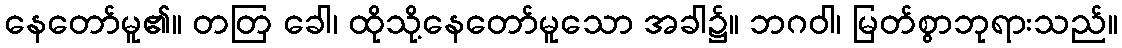
နေတော်မူ၏။ တတြ ခေါ၊ ထိုသို့နေတော်မူသော အခါ၌။ ဘဂဝါ၊ မြတ်စွာဘုရားသည်။